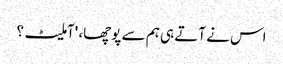
اس نے آتے ہی ہم سے پوچھا، 'آملیٹ؟